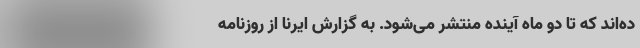
ده‌اند که تا دو ماه آینده منتشر می‌شود. به گزارش ایرنا از روزنامه